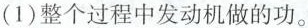
(1)整个过程中发动机做的功。